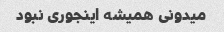
میدونی همیشه اینجوری نبود